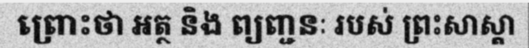
ព្រោះថា អត្ថ និង ព្យញ្ជនៈ របស់ ព្រះសាស្តា